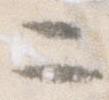
二